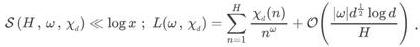
$S(H, \omega, \chi_d) \ll \log x ; L(\omega, \chi_d)=\sum_{n=1}^{\infty} \frac{\chi_d(n)}{n^{\omega}}+\mathcal{O}\left(\frac{|\omega|^{\frac{1}{2}} \log d}{H}\right) .$